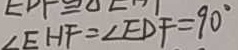
\angle E H F = \angle E D F = 9 0 ^ { \circ }